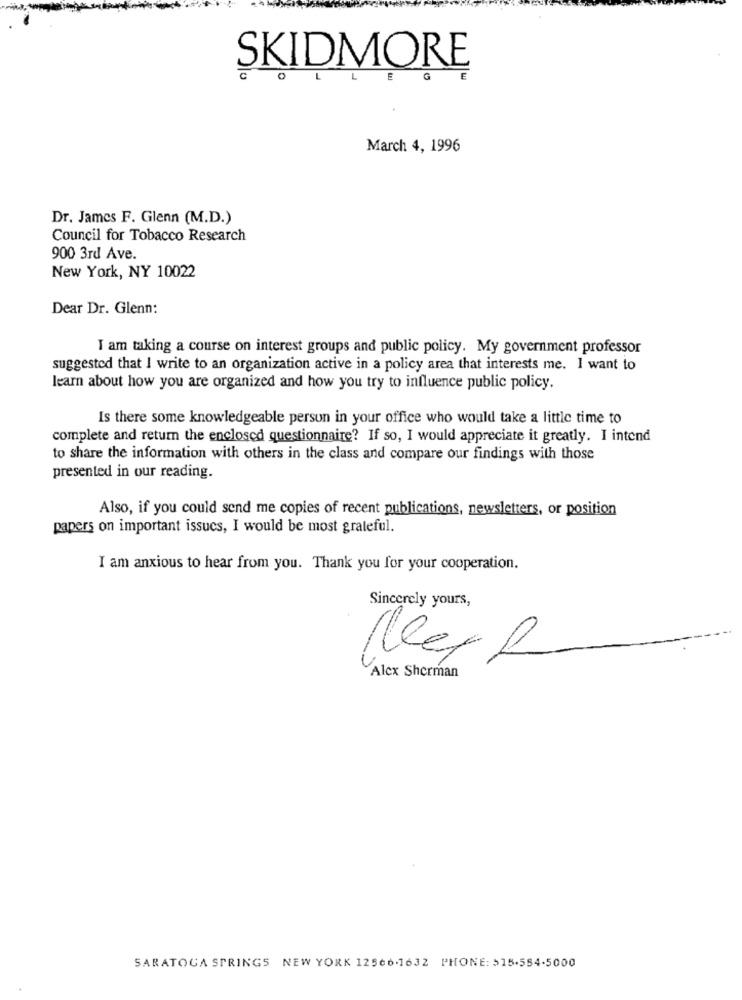
SKIDMORE
E
G
March 4, 1996
Dr. James F. Glenn (M.D.)
Council for Tobacco Research
900 3rd Ave.
New York, NY 10022
Dear Dr. Glenn:
I am taking a course on interest groups and public policy. My government professor
suggested that I write to an organization active in a policy area that interests me. I want to
learn about how you are organized and how you try to influence public policy.
Is there some knowledgeable person in your office who would take a little time to
complete and return the enclosed questionnaire? If so, I would appreciate it greatly. I intend
to share the information with others in the class and compare our findings with those
presented in our reading.
Also, if you could send me copies of recent publications, newsletters, or position
papers on important issues, I would be most grateful.
I am anxious to hear from you. Thank you for your cooperation.
Sincerely yours,
Alex Sherman
SARATOGA SPRINGS NEW YORK 12566.1632 PHONE: 515.584-5000